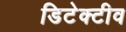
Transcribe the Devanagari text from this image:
डिटेक्टीव